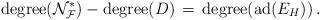
LaTeX: \begin{align*}{\rm degree}({\mathcal N}^*_{\mathcal F})-{\rm degree}(D)\, =\, {\rm degree}({\rm ad}(E_H))\, .\end{align*}